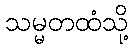
သမ္မတထံသို့